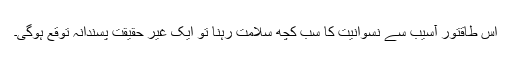
اس طاقتور آسیب سے نسوانیت کا سب کچھ سلامت رہنا تو ایک غیر حقیقت پسندانہ توقع ہوگی۔